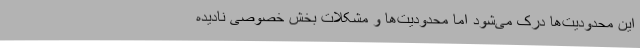
این محدودیت‌ها درک می‌شود اما محدودیت‌ها و مشکلات بخش خصوصی نادیده